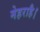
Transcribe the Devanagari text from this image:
मेहराहै।